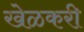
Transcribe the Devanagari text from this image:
खेळकरी